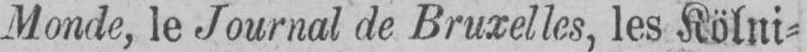
Monde, le Journal de Bruxelles, les Kölni⸗